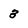
Character: 3